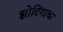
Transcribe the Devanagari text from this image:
झोटिंगाचा